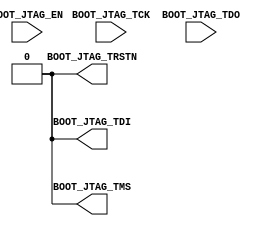
`timescale 1ns/1ps
`celldefine
//
// SOC_FPGA_INTF_JTAG simulation model
// SOC JTAG connection
//
// Copyright (c) 2023 Rapid Silicon, Inc.  All rights reserved.
//

module SOC_FPGA_INTF_JTAG (
  input BOOT_JTAG_TCK, // JTAG TCK
  output reg BOOT_JTAG_TDI = 1'b0, // JTAG TDI
  input BOOT_JTAG_TDO, // JTAG TDO
  output reg BOOT_JTAG_TMS = 1'b0, // JTAG TMS
  output reg BOOT_JTAG_TRSTN = 1'b0, // JTAG TRSTN
  input BOOT_JTAG_EN // JTAG enable
);

endmodule
`endcelldefine